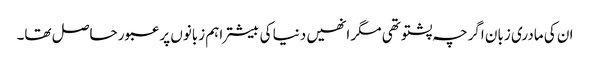
ان کی مادری زبان اگرچہ پشتو تھی مگر انھیں دنیا کی بیشتر اہم زبانوں پر عبور حاصل تھا۔